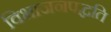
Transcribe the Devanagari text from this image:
विभाजनपद्धति